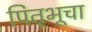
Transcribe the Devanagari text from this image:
पितृभूचा